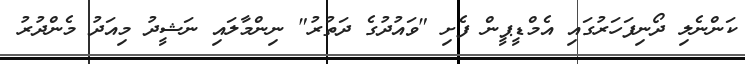
ކަންނެލި ދޯނިފަހަރުގައި އެމްޑީޕީން ފެށި "ވައުދުގެ ދަތުރު" ނިންމާލައި ނަޝީދު މިއަދު މެންދުރު